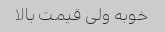
خوبه ولی قیمت بالا